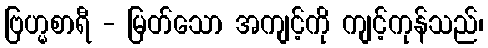
ဗြဟ္မစာရီ - မြတ်သော အကျင့်ကို ကျင့်ကုန်သည်၊